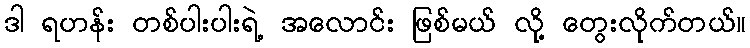
ဒါ ရဟန်း တစ်ပါးပါးရဲ့ အလောင်း ဖြစ်မယ် လို့ တွေးလိုက်တယ်။